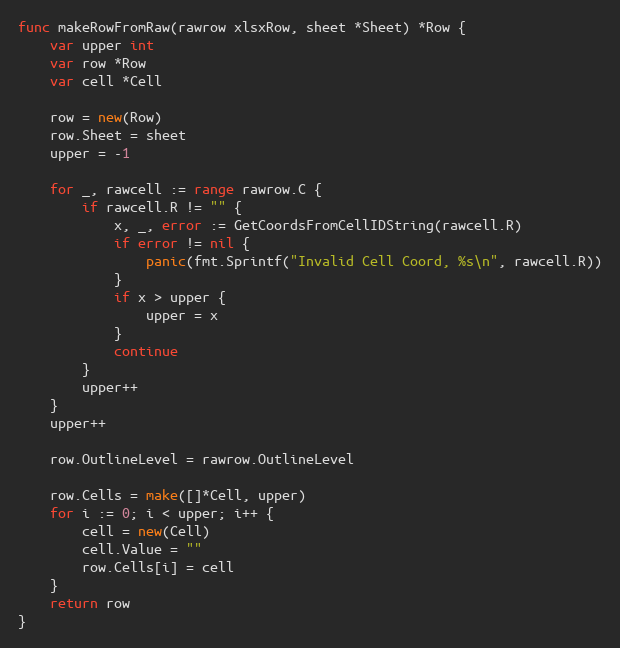
Language: Go
func makeRowFromRaw(rawrow xlsxRow, sheet *Sheet) *Row {
	var upper int
	var row *Row
	var cell *Cell

	row = new(Row)
	row.Sheet = sheet
	upper = -1

	for _, rawcell := range rawrow.C {
		if rawcell.R != "" {
			x, _, error := GetCoordsFromCellIDString(rawcell.R)
			if error != nil {
				panic(fmt.Sprintf("Invalid Cell Coord, %s\n", rawcell.R))
			}
			if x > upper {
				upper = x
			}
			continue
		}
		upper++
	}
	upper++

	row.OutlineLevel = rawrow.OutlineLevel

	row.Cells = make([]*Cell, upper)
	for i := 0; i < upper; i++ {
		cell = new(Cell)
		cell.Value = ""
		row.Cells[i] = cell
	}
	return row
}